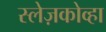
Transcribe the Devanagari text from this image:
स्लेज़कोव्हा